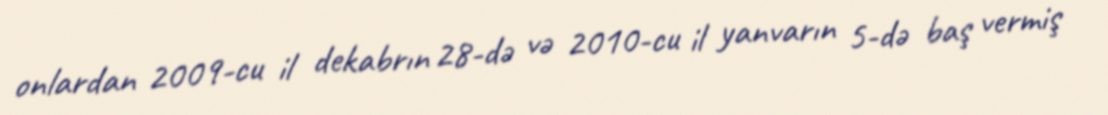
onlardan 2009-cu il dekabrın 28-də və 2010-cu il yanvarın 5-də baş vermiş